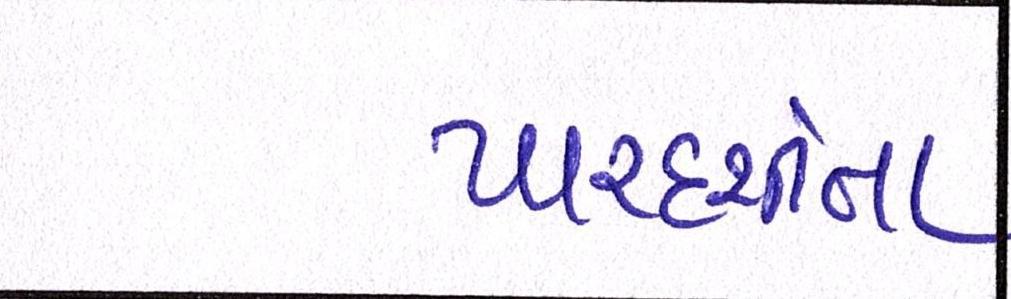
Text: પારદર્શીતા